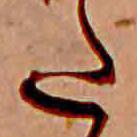
た